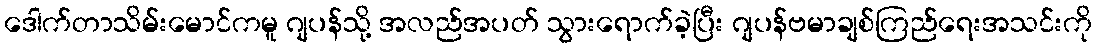
ဒေါက်တာသိမ်းမောင်ကမူ ဂျပန်သို့ အလည်အပတ် သွားရောက်ခဲ့ပြီး ဂျပန်ဗမာချစ်ကြည်ရေးအသင်းကို